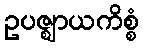
ဥပဇ္ဈာယကိစ္စံ